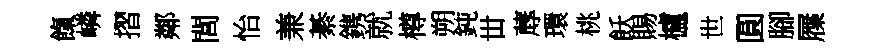
餼嶙摺鄰閭怡兼綦鎸就樽朔鈍丗蓐環桃飫賜櫨世圓腳屧